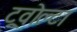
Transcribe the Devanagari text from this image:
ट्रवोल्टा